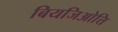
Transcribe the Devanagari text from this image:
बियजिओत्ति